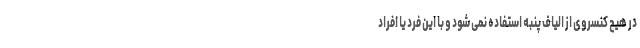
در هیچ کنسروی از الیاف پنبه استفاده نمی شود و با این فرد یا افراد